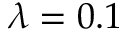
\lambda = 0 . 1